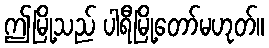
ဤမြို့သည် ပါရီမြို့တော်မဟုတ်။